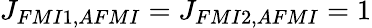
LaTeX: J_{FMI1,AFMI}=J_{FMI2,AFMI}=1